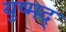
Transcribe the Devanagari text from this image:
युष्मद्